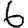
Digit: 6